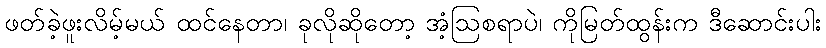
ဖတ်ခဲ့ဖူးလိမ့်မယ် ထင်နေတာ၊ ခုလိုဆိုတော့ အံ့ဩစရာပဲ၊ ကိုမြတ်ထွန်းက ဒီဆောင်းပါး